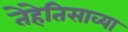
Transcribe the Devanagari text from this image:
तेहेतिसाव्या